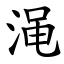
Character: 渑